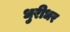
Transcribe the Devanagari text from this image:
धुरीधर